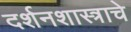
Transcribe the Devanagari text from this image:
दर्शनशास्त्राचे